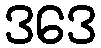
ဒဒေ